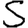
Digit: 5